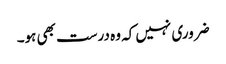
ضروری نہیں کہ وہ درست بھی ہو۔